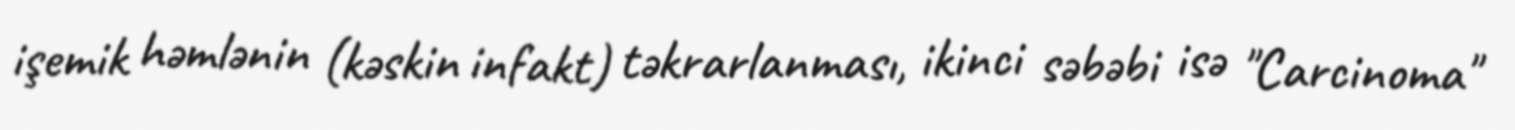
işemik həmlənin (kəskin infakt) təkrarlanması, ikinci səbəbi isə "Carcinoma"